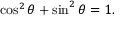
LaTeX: \cos ^ { 2 } \theta + \sin ^ { 2 } \theta = 1 .